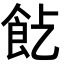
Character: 𩚋